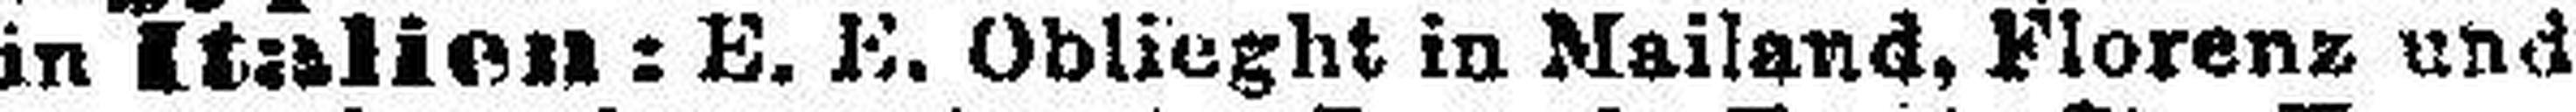
in Italien: E. E. Oblieght in Mailand, Florenz und